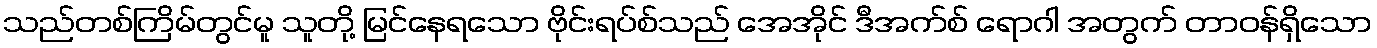
သည်တစ်ကြိမ်တွင်မူ သူတို့ မြင်နေရသော ဗိုင်းရပ်စ်သည် အေအိုင် ဒီအက်စ် ရောဂါ အတွက် တာဝန်ရှိသော